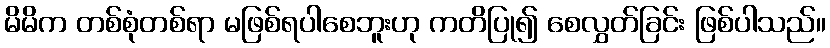
မိမိက တစ်စုံတစ်ရာ မဖြစ်ရပါစေဘူးဟု ကတိပြု၍ စေလွှတ်ခြင်း ဖြစ်ပါသည်။